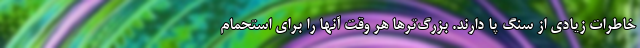
خاطرات زیادی از سنگ پا دارند. بزرگ‌ترها هر وقت آنها را برای استحمام